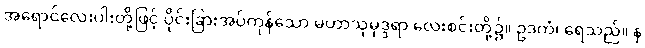
အရောင်လေးပါးတို့ဖြင့် ပိုင်းခြားအပ်ကုန်သော မဟာသုမုဒ္ဒရာ လေးစင်းတို့၌။ ဥဒကံ၊ ရေသည်။ န